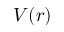
V ( r )